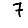
Digit: 7